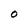
Character: O